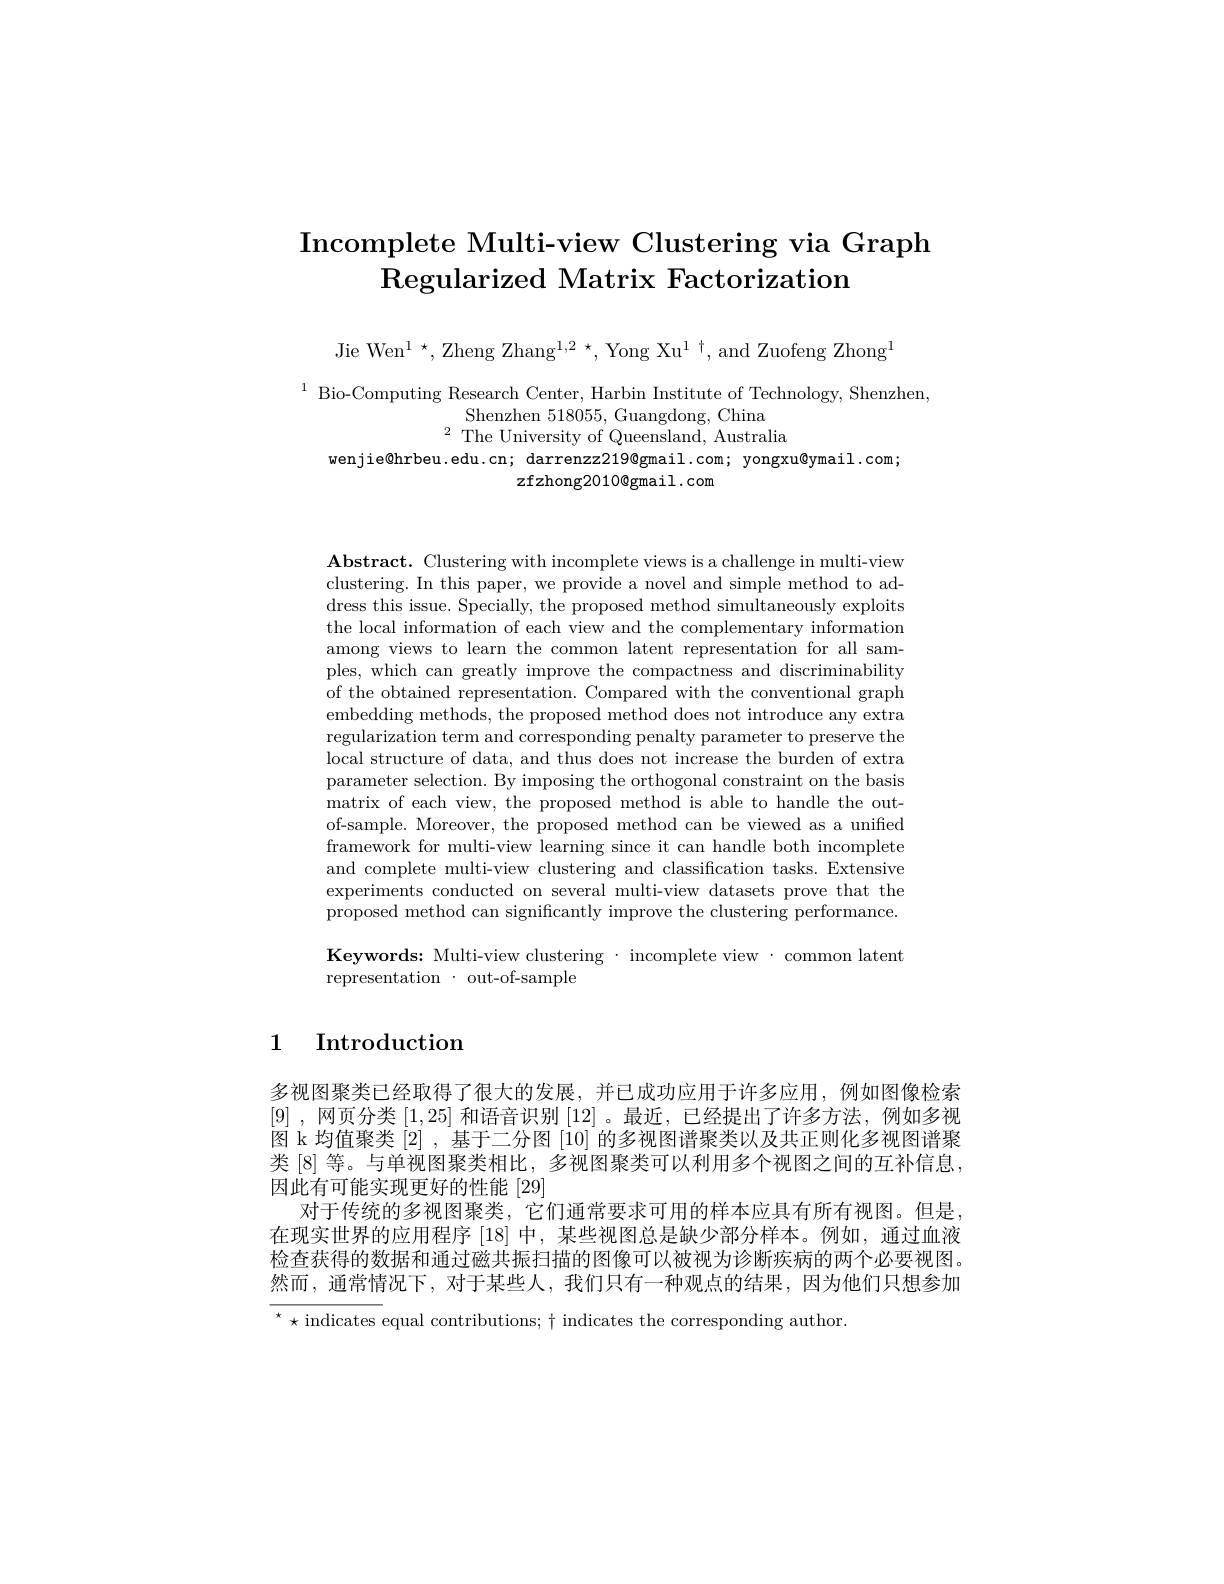
# Incomplete Multi-view Clustering via Graph Regularized Matrix Factorization

Jie Wen$^1\star$,Zheng Zhang$^1,2\star$,Yong Xu$^1\dagger$,and Zuofeng Zhong$^1$

$^{1}$ Bio- Computing Research Center, Harbin Institute of Technology, Shenzhen,
Shenzhen 518055, Guangdong, China
$^{2}$ The University of Queensland, Australia
wenjie@hrbeu.edu.cn; darrenzz219@gmail.com; yongxu@ymail.com;
zfzhong2010@gmail.com

$\mathbf{Abstract.~Clustering~with~incomplete~views~is~a~challenge~in~multi-view}$ clustering. In this paper, we provide a novel and simple method to address this issue. Specially, the proposed method simultaneously exploits the local information of each view and the complementary information among views to learn the common latent representation for all samples, which can greatly improve the compactness and discriminability of the obtained representation. Compared with the conventional graph embedding methods, the proposed method does not introduce any extra regularization term and corresponding penalty parameter to preserve the local structure of data, and thus does not increase the burden of extra parameter selection. By imposing the orthogonal constraint on the basis matrix of each view, the proposed method is able to handle the outof-sample. Moreover, the proposed method can be viewed as a unified framework for multi-view learning since it can handle both incomplete and complete multi-view clustering and classification tasks. Extensive experiments conducted on several multi-view datasets prove that the proposed method can significantly improve the clustering performance. Keywords: Multi-view clustering· incomplete view·common latent representation$\cdot$out-of-sample

1 Introduction

多视图聚类已经取得了很大的发展，并已成功应用于许多应用，例如图像检索[9] ,网页分类[1,25]和语音识别[12] 。最近，已经提出了许多方法，例如多视图 k 均值聚类 [2] ,基于二分图 [10] 的多视图谱聚类以及共正则化多视图谱聚类[8] 等。与单视图聚类相比，多视图聚类可以利用多个视图之间的互补信息， 因此有可能实现更好的性能 [29]
对于传统的多视图聚类，它们通常要求可用的样本应具有所有视图。但是， 在现实世界的应用程序 [18] 中，某些视图总是缺少部分样本。例如，通过血液检查获得的数据和通过磁共振扫描的图像可以被视为诊断疾病的两个必要视图。然而，通常情况下，对于某些人，我们只有一种观点的结果，因为他们只想参加$^{\star}\star$ indicates equal contributions; $\dagger$ indicates the corresponding author.